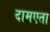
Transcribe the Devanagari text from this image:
दामएता